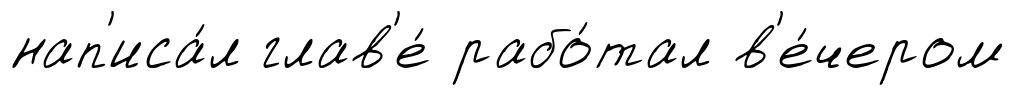
нап'иса́л глав'е́ рабо́тал в'е́чером